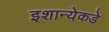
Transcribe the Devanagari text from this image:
इशान्येकडे